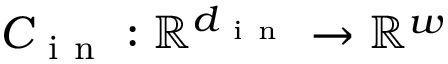
C _ { \mathrm { ~ i ~ n ~ } } : \mathbb { R } ^ { d _ { \mathrm { ~ i ~ n ~ } } } \rightarrow \mathbb { R } ^ { w }